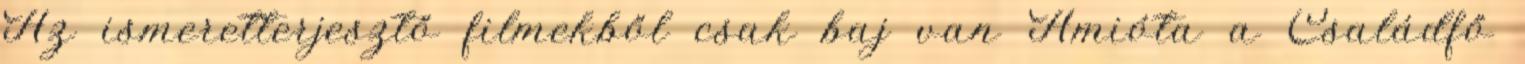
Az ismeretterjesztő filmekből csak baj van Amióta a Családfő